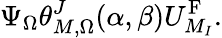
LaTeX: \Psi_{\Omega}\theta_{M,\Omega}^{J}(\alpha,\beta)U_{M_{I}}^{\mathrm{F}}.